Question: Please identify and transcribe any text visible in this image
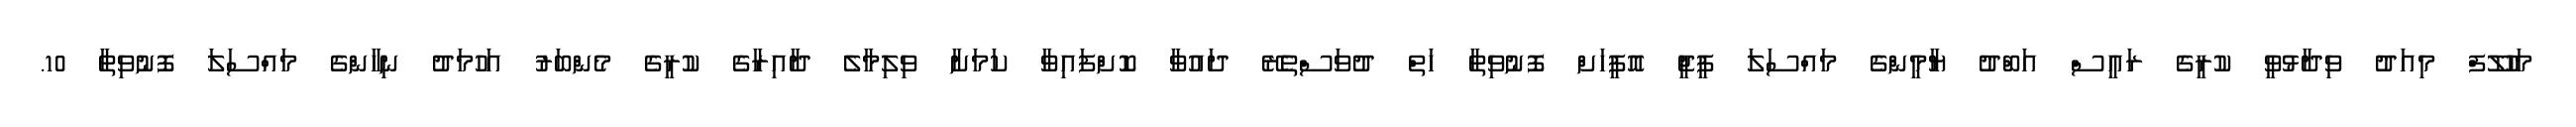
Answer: މަހުލޫފް މިއަދު ވިދާޅުވީ ކުރީގެ ރައީސް އަބްދު ޔާމީންގެ މައްސަލަ ޕީޖީ އޮފީހަށް ފޮނުވިތާ ހަތް ދުވަސްތެރޭ ދައުވާ ކޮށްފައިވާ ކަމަށާ ވިލިމާލެ ދާއިރާގެ ކުރީގެ މެންބަރު އަހުމަދު ނިހާންގެ މައްސަލަ ފޮނުވިތާ 10.